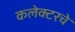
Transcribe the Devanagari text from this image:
कलेक्टरचे